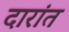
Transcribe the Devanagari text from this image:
दारांत